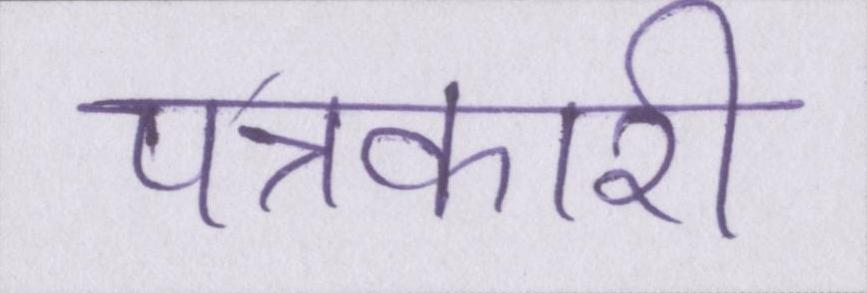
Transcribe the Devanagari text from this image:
पत्रकारी